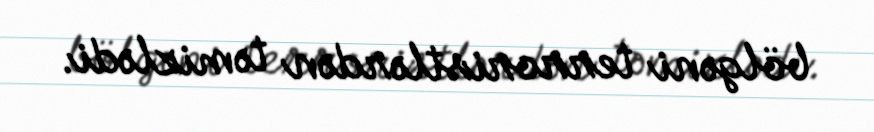
bölgəni terroristlərdən təmizlədi.